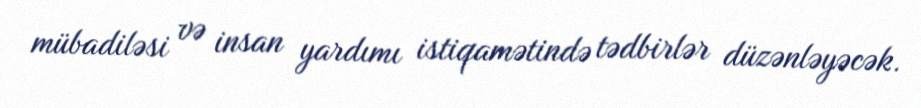
mübadiləsi və insan yardımı istiqamətində tədbirlər düzənləyəcək.